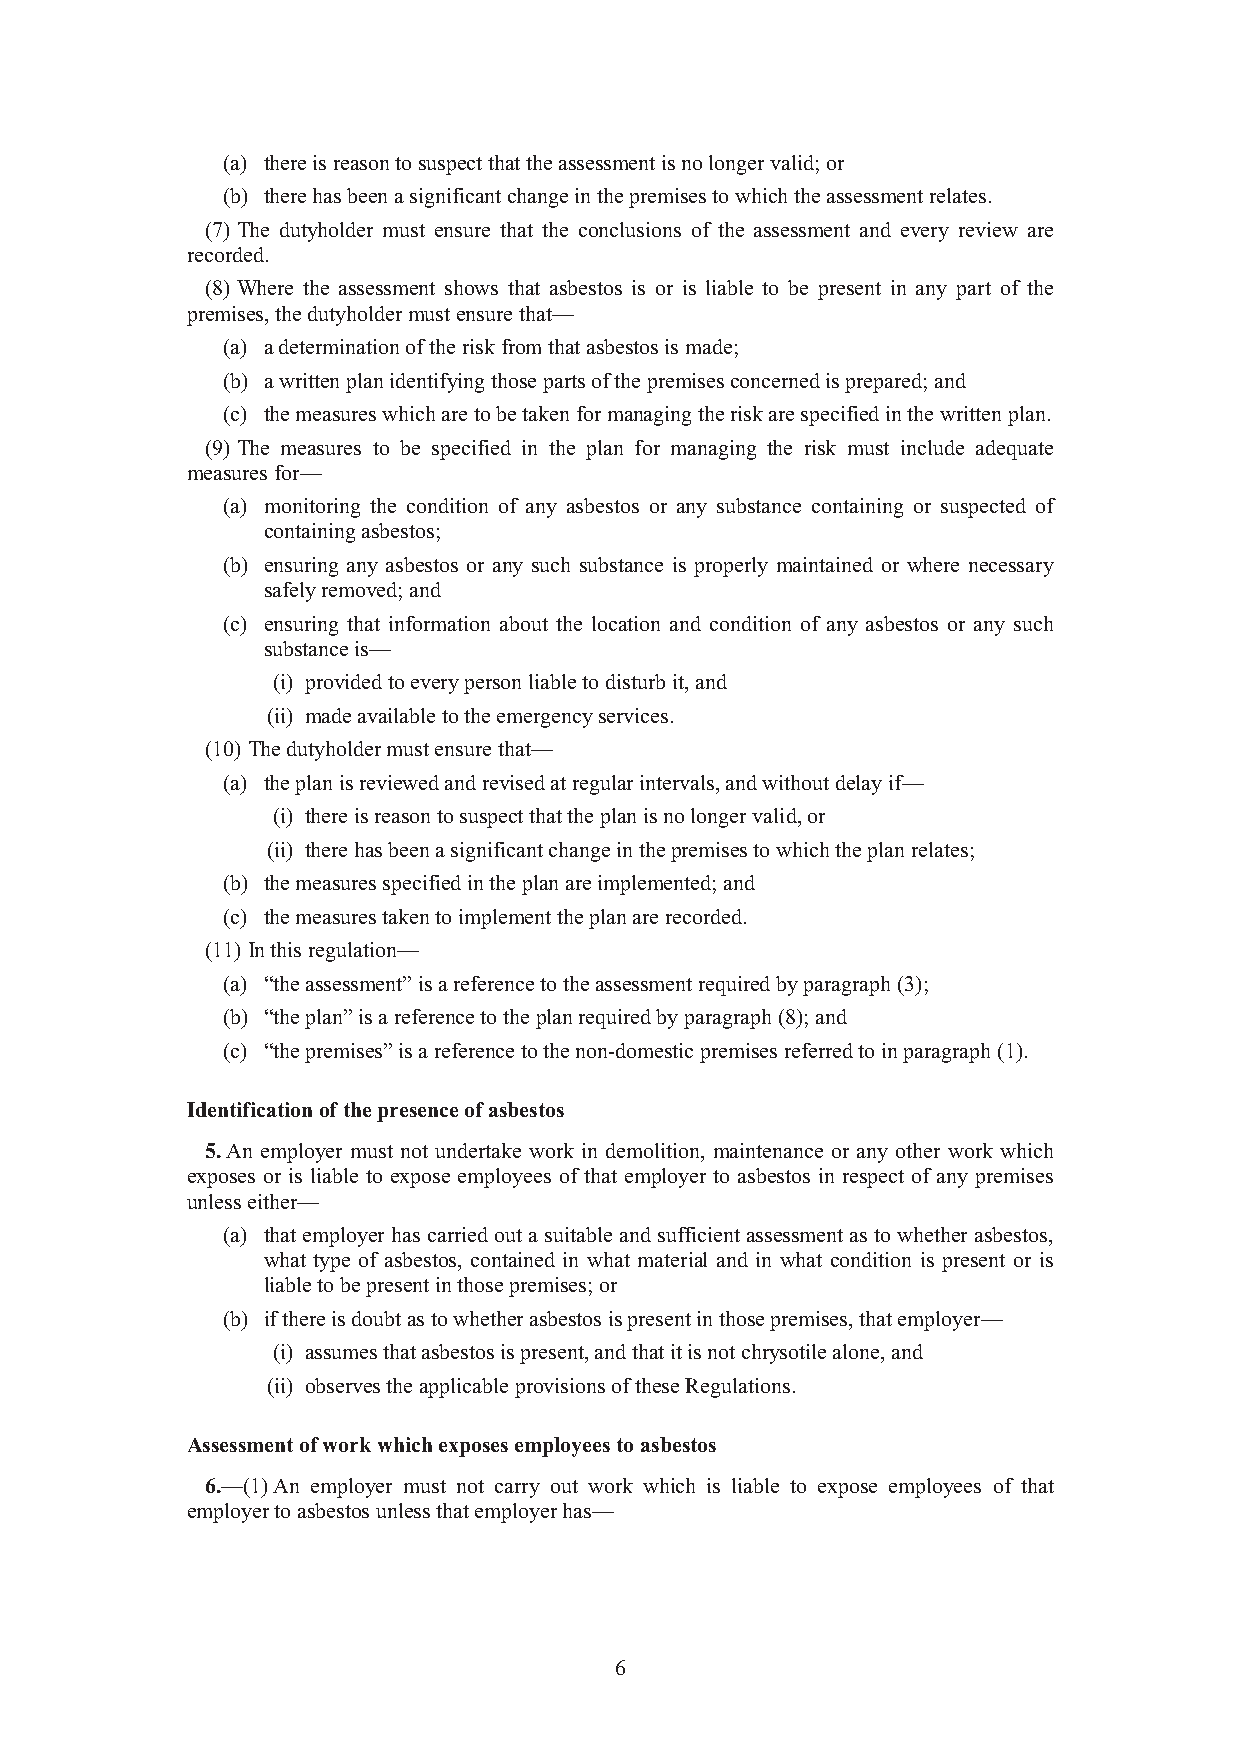
(a) there is reason to suspect that the assessment is no longer valid; or
 (b) there has been a significant change in the premises to which the assessment relates.
 (7) The dutyholder must ensure that the conclusions of the assessment and every review are
 recorded.
 (8) Where the assessment shows that asbestos is or is liable to be present in any part of the
 premises, the dutyholder must ensure that—
 (a) a determination of the risk from that asbestos is made;
 (b) a written plan identifying those parts of the premises concerned is prepared; and
 (c) the measures which are to be taken for managing the risk are specified in the written plan.
 (9) The measures to be specified in the plan for managing the risk must include adequate
 measures for—
 (a) monitoring the condition of any asbestos or any substance containing or suspected of
 containing asbestos;
 (b) ensuring any asbestos or any such substance is properly maintained or where necessary
 safely removed; and
 (c) ensuring that information about the location and condition of any asbestos or any such
 substance is—
 (i) provided to every person liable to disturb it, and
 (ii) made available to the emergency services.
 (10) The dutyholder must ensure that—
 (a) the plan is reviewed and revised at regular intervals, and without delay if—
 (i) there is reason to suspect that the plan is no longer valid, or
 (ii) there has been a significant change in the premises to which the plan relates;
 (b) the measures specified in the plan are implemented; and
 (c) the measures taken to implement the plan are recorded.
 (11) In this regulation—
 (a) “the assessment” is a reference to the assessment required by paragraph (3);
 (b) “the plan” is a reference to the plan required by paragraph (8); and
 (c) “the premises” is a reference to the non-domestic premises referred to in paragraph (1).
 Identification of the presence of asbestos
 5. An employer must not undertake work in demolition, maintenance or any other work which
 exposes or is liable to expose employees of that employer to asbestos in respect of any premises
 unless either—
 (a) that employer has carried out a suitable and sufficient assessment as to whether asbestos,
 what type of asbestos, contained in what material and in what condition is present or is
 liable to be present in those premises; or
 (b) if there is doubt as to whether asbestos is present in those premises, that employer—
 (i) assumes that asbestos is present, and that it is not chrysotile alone, and
 (ii) observes the applicable provisions of these Regulations.
 Assessment of work which exposes employees to asbestos
 6.—(1) An employer must not carry out work which is liable to expose employees of that
 employer to asbestos unless that employer has—
 6